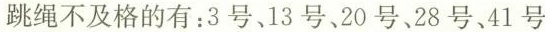
跳绳不及格的有：3号、13号、20号、28号、41号